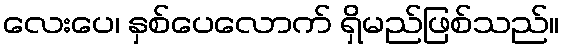
လေးပေ၊ နှစ်ပေလောက် ရှိမည်ဖြစ်သည်။